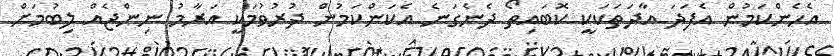
އެހެންކަމުން އެފަދަ އާދަތަކަކީ ކޮބައިތޯ ދެނެގަނެ އެކަންކަމުން ދުރުވުމަކީ އަރާމު ނިންޖެއް ލިބުމަށް